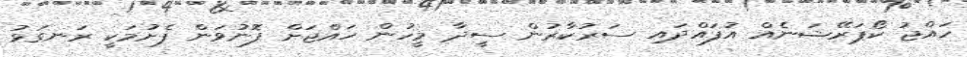
ހައްޖު ކޯޕަރޭޝަނެއް އުފައްދައި ސަރުކާރުން ސީދާ މީހުން ހައްޖަށް ފޮނުވަން ފެށުމަކީ ރަނގަޅު